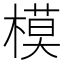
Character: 模